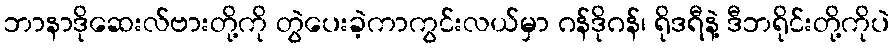
ဘာနာဒိုဆေးလ်ဗားတို့ကို တွဲပေးခဲ့ကာကွင်းလယ်မှာ ဂန်ဒိုဂန်၊ ရိုဒရီနဲ့ ဒီဘရိုင်းတို့ကိုပဲ